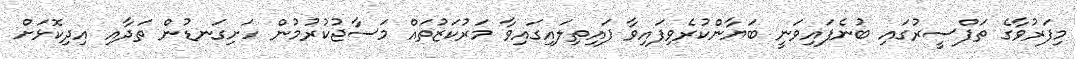
މިފަރުވާގެ ތަފްސީރުގައި ބުނެފައިވަނީ ބަޔާންކުރެވިފައިވާ ފައިތިލައިގައިވާ މަރުކަޒުތައް މަސާޖުކުރުމުން ހަށިގަނޑުން ތަދާއި އިދިކޮޅަށް